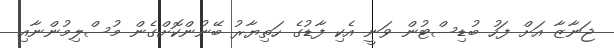
ޖަނާޒާ އަށް ފަހު ބުޑިސްޓުން ވަނީ އެކި ފާޑުގެ ހަތިޔާރު ބޭނުންކޮށްގެން މުސްލިމުންނާއި